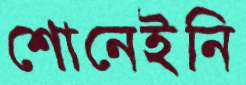
শোনেইনি